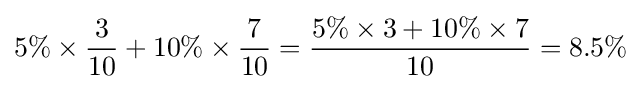
5\%\times {\frac {3}{10}}+10\%\times {\frac {7}{10}}={\frac {5\%\times 3+10\%\times 7}{10}}=8.5\%